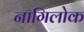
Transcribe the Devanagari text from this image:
नागिलोक